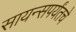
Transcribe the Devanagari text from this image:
सायन्सपर्यंतचे